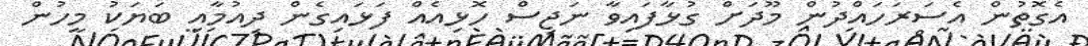
އެގޮތުން އެސަރަހައްދުން މޫދަށް ގުޅާފައިވާ ނަޖިސް ހޮޅިއެއް ފަޅައިގެން ދިއުމާއި ބަޔަކު މީހުން